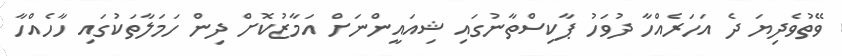
ވޭތުވެދިޔަ ދެ އަހަރެއްހާ ދުވަހު ޕާކިސްތާނުގައި ޝިއައީންނަށް އަމާޒުކޮށް ދިން ހަަމަލާތަކުގައި ހާހެއްހާ